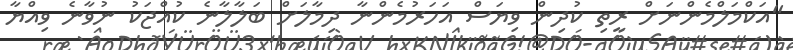
"އަކްމަލްމެންނަށް ރީތި ކުދިން ވިޔަސް އަހަރުމެންނާ ދިމާލަށް ބަލާލާނެ ކުއްޖަކު ނުވާނެ ވިއްޔާ